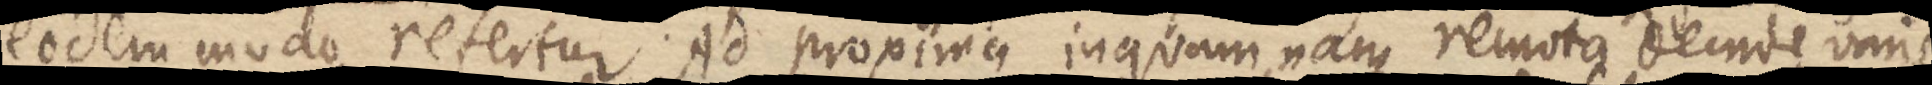
eodem modo refertur Ad proxima inquam nam remota deinde varis